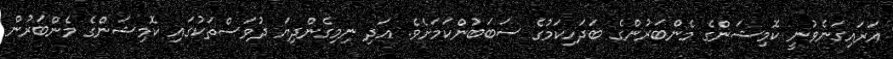
އަރައިގަނެވުނީ ކޮމިޝަންގެ މެންބަރުންގެ ބަދަހިކަމުގެ ސަބަބުންކަމަށެވެ. އަދި ނިމިގެންދިޔަ ދުވަސްތަކުގައި ކޮމިޝަންގެ މެންބަރުން